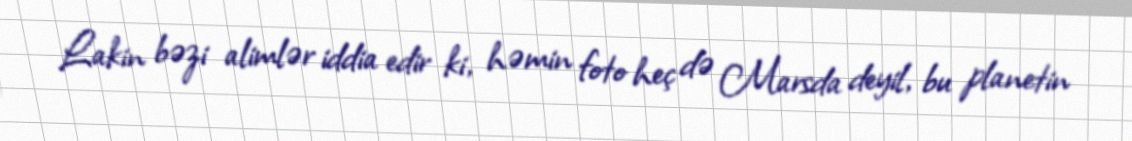
Lakin bəzi alimlər iddia edir ki, həmin foto heç də Marsda deyil, bu planetin